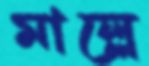
মাল্লে